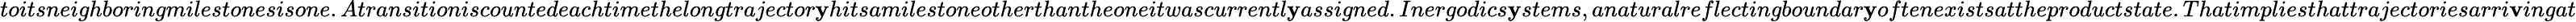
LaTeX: toitsneighboringmilestonesisone.Atransitioniscountedeachtimethelongtrajector\mathbf{y}hitsamilestoneotherthantheoneitwascurrentl\mathbf{y}assigned.Inergodics\mathbf{y}stems,anaturalreflectingboundar\mathbf{y}oftenexistsattheproductstate.Thatimpliesthattrajectoriesarri\mathbf{v}ingat